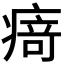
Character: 𭼝